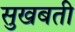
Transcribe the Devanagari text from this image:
सुखबती